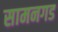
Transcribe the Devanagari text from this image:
सामनगड